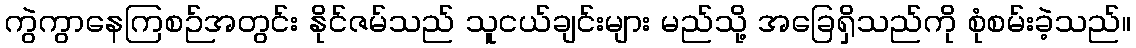
ကွဲကွာနေကြစဉ်အတွင်း နိုင်ဇမ်သည် သူငယ်ချင်းများ မည်သို့ အခြေရှိသည်ကို စုံစမ်းခဲ့သည်။